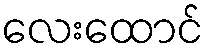
လေးထောင်